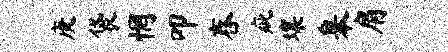
庚袋惘叩舂疵壤皋肩